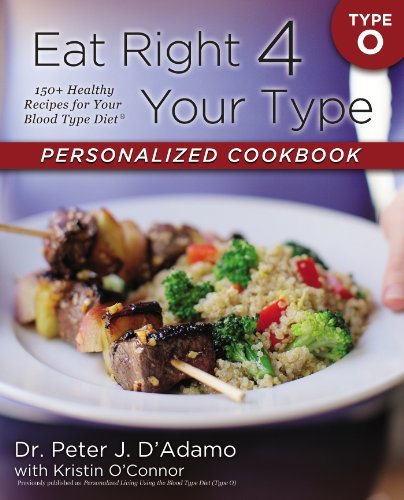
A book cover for By Dr. Peter J. D'Adamo Eat Right 4 Your Type Personalized Cookbook Type O: 150+ Healthy Recipes For Your Blood Type Diet (1st Edition); Health, Fitness & Dieting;